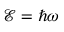
{ \mathcal { E } = \hbar \omega }